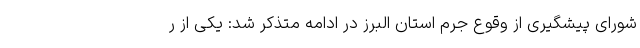
شورای پیشگیری از وقوع جرم استان البرز در ادامه متذکر شد: یکی از ر